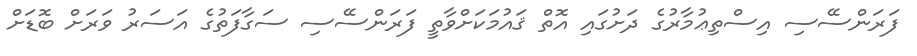
ފަރަންސޭސި އިސްތިޢުމާރުގެ ދަށުގައި އޮތް ޤައުމަކަށްވާތީ ފަރަންސޭސި ސަގާފަތުގެ އަސަރުު ވަރަށް ބޮޑަށް